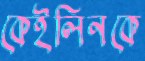
কেইলিনকে